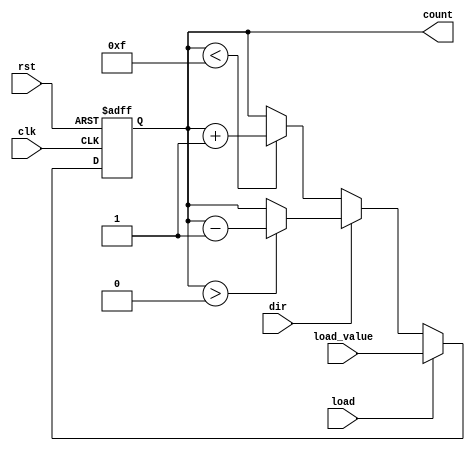
module sync_load_counter (
    input wire clk,                // Clock signal
    input wire rst,                // Asynchronous reset signal
    input wire load,               // Load control signal
    input wire [N-1:0] load_value, // Value to load into the counter
    input wire dir,                // Direction control signal (0: up, 1: down)
    output reg [N-1:0] count       // Current value of the counter
);
    parameter N = 4;               // Define the size of the counter (4-bit in this case)

    always @(posedge clk or posedge rst) begin
        if (rst) begin
            // Reset the counter to 0
            count <= 0;
        end else if (load) begin
            // Load the specified value into the counter
            count <= load_value;
        end else begin
            // Count up or down based on the direction signal
            if (dir == 0) begin
                // Count up (increment)
                if (count < (2**N - 1)) begin
                    count <= count + 1;
                end
            end else begin
                // Count down (decrement)
                if (count > 0) begin
                    count <= count - 1;
                end
            end
        end
    end
endmodule